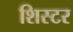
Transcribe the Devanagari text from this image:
शिस्टर